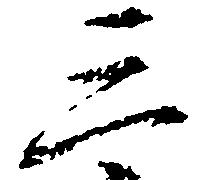
三